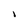
Character: 1